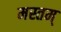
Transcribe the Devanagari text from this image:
मस्तम्